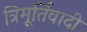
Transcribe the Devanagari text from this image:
त्रिमूर्तिवादी